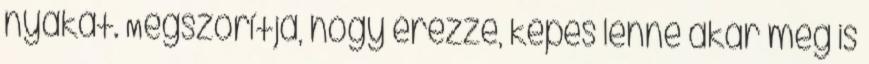
nyakát. Megszorítja, hogy érezze, képes lenne akár meg is